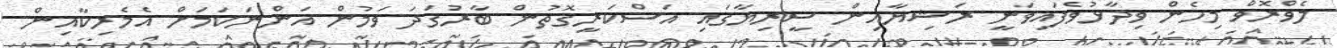
ލެވްރޮވް މިހެން ވިދާޅުވެފައިވަނީ ރަޝިޔާއިން ސީރިޔާގައި އަސްކަރީގޮތުން ބާރުގަދަ ވަމުން އަންނަކަމަށް އެމެރިކާއިން